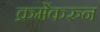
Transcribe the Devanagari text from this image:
क्रमेंकरुन